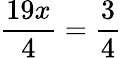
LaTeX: \frac{19x}{4}=\frac{3}{4}